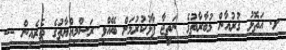
ށ. އަތޮޅު ޤުރުއާން މުބާރާތުގެ ނަތީޖާ ފާޅުކުރުމަށް ބޭއްވި ރަސްމިއްޔާތުގެ ތެރެއިން ---